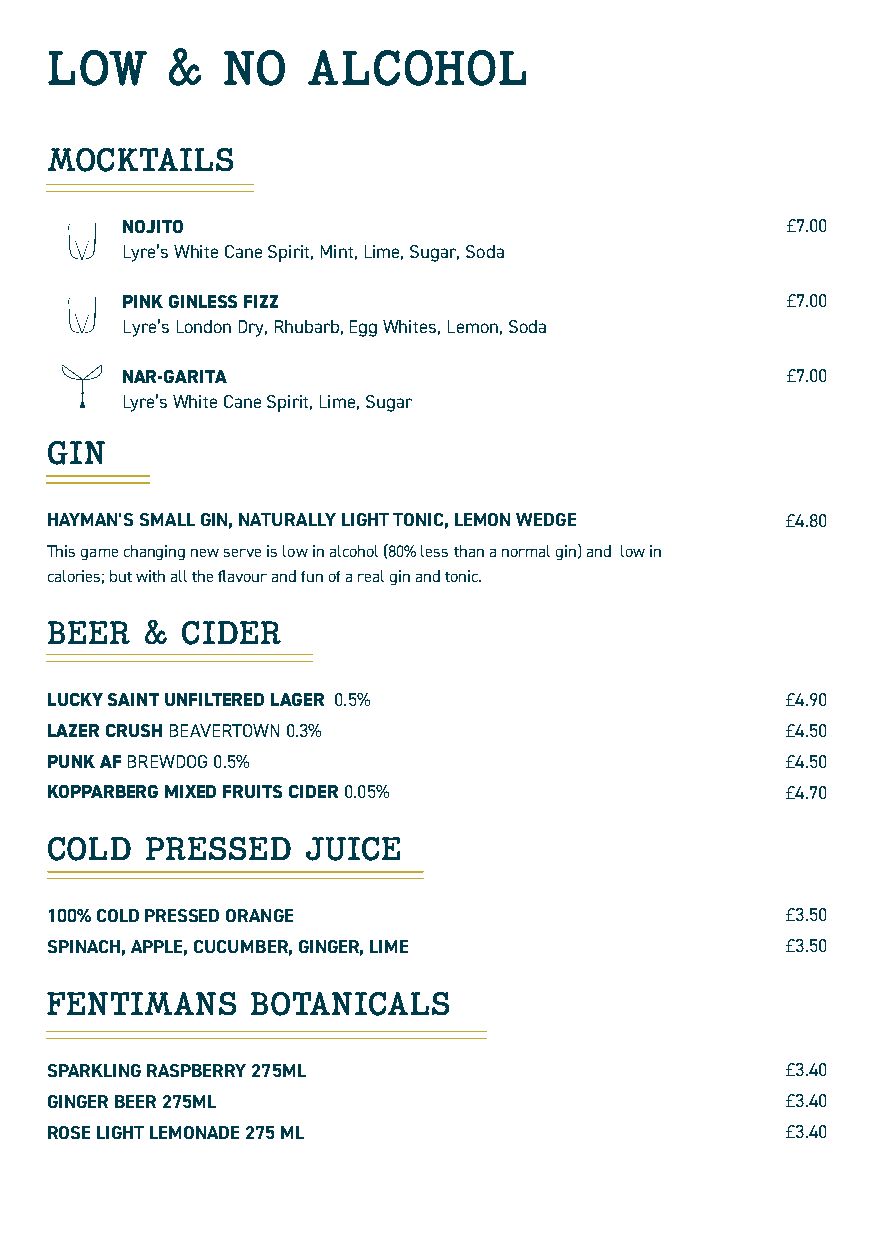
LOW     &   NO   ALCOHOL
 MOCKTAILS
 NOJITO                                      £7.00
 Lyre’s White Cane Spirit, Mint, Lime, Sugar, Soda
 PINK GINLESS FIZZ                           £7.00
 Lyre’s London Dry, Rhubarb, Egg Whites, Lemon, Soda
 NAR-GARITA                                  £7.00
 Lyre’s White Cane Spirit, Lime, Sugar
 GIN
 HAYMAN’S SMALL GIN, NATURALLY LIGHT TONIC, LEMON WEDGE £4.80
 This game changing new serve is low in alcohol (80% less than a normal gin) and low in
 calories; but with all the flavour and fun of a real gin and tonic.
 BEER  &  CIDER
 LUCKY SAINT UNFILTERED LAGER 0.5%                £4.90
 LAZER CRUSH BEAVERTOWN 0.3%                      £4.50
 PUNK AF BREWDOG 0.5%                             £4.50
 KOPPARBERG MIXED FRUITS CIDER 0.05%              £4.70
 COLD   PRESSED   JUICE
 100% COLD PRESSED ORANGE                         £3.50
 SPINACH, APPLE, CUCUMBER, GINGER, LIME           £3.50
 FENTIMANS     BOTANICALS
 SPARKLING RASPBERRY 275ML                        £3.40
 GINGER BEER 275ML                                £3.40
 ROSE LIGHT LEMONADE 275 ML                       £3.40